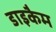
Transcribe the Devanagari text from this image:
डाइकैम